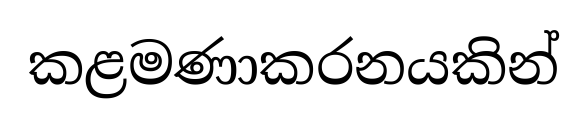
කළමණාකරනයකින්